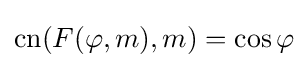
\operatorname {cn} (F(\varphi ,m),m)=\cos \varphi